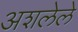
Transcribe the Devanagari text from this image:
अशलेले